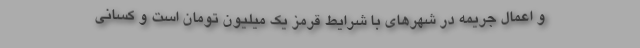
و اعمال جریمه در شهرهای با شرایط قرمز یک میلیون تومان است و کسانی